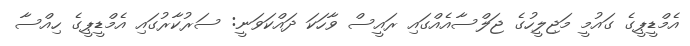
އެމްޑީޕީގެ ގައުމީ މަޖިލީހުގެ ޖަލްސާއެއްގައި ރައީސް ވާހަކަ ދައްކަވަނީ: ސަރުކާރުގައި އެމްޑީޕީގެ ހިއްސާ